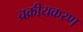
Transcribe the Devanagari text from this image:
च्रक्रीयकरण